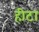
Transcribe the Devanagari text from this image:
हीटा